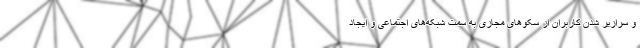
و سرازیر شدن کاربران از سکوهای مجازی به سمت شبکه‌های اجتماعی و ایجاد